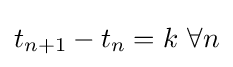
t_{n+1}-t_{n}=k\ \forall n